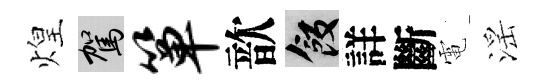
煌駕箪歆飯詳斷電滛